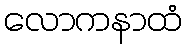
လောကနာထံ